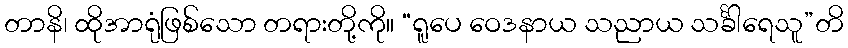
တာနိ၊ ထိုအာရုံဖြစ်သော တရားတို့ကို။ “ရူပေ ဝေဒနာယ သညာယ သင်္ခါရေသူ”တိ